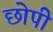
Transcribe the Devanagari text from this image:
छोपी